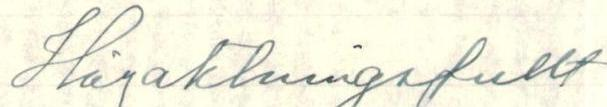
Högaktningsfullt